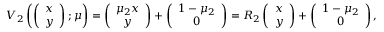
V _ { 2 } \left( \left( \begin{array} { l } { x } \\ { y } \end{array} \right) ; \boldsymbol { \mu } \right) = \left( \begin{array} { c } { \mu _ { 2 } x } \\ { y } \end{array} \right) + \left( \begin{array} { c } { 1 - \mu _ { 2 } } \\ { 0 } \end{array} \right) = R _ { 2 } \left( \begin{array} { l } { x } \\ { y } \end{array} \right) + \left( \begin{array} { c } { 1 - \mu _ { 2 } } \\ { 0 } \end{array} \right) ,